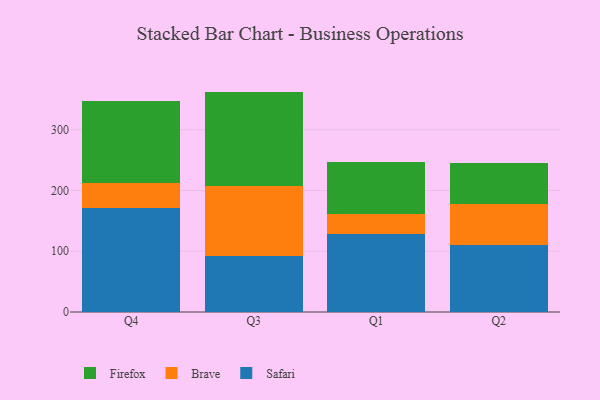
{"axis": {"x": "Quarter", "y": "Satisfaction Score"}, "legend": ["Brave", "Firefox", "Safari"], "data": [{"x": "Q4", "y": 171.7, "type": "Safari"}, {"x": "Q4", "y": 40.6, "type": "Brave"}, {"x": "Q4", "y": 135.4, "type": "Firefox"}, {"x": "Q3", "y": 91.6, "type": "Safari"}, {"x": "Q3", "y": 115.2, "type": "Brave"}, {"x": "Q3", "y": 155.9, "type": "Firefox"}, {"x": "Q1", "y": 128.3, "type": "Safari"}, {"x": "Q1", "y": 33.1, "type": "Brave"}, {"x": "Q1", "y": 85.8, "type": "Firefox"}, {"x": "Q2", "y": 110.3, "type": "Safari"}, {"x": "Q2", "y": 67.4, "type": "Brave"}, {"x": "Q2", "y": 67.1, "type": "Firefox"}]}